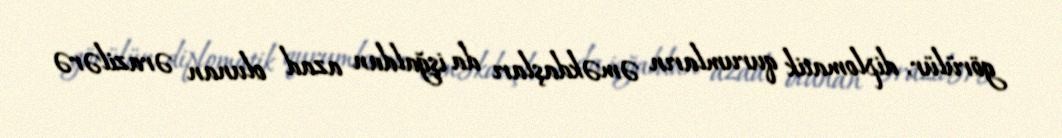
görülür, diplomatik qurumların əməkdaşları da işğaldan azad olunan ərazilərə